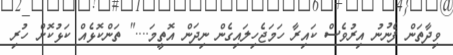
ވިދާތަން ފެނުނު އިރުވެސް ކައިރާ ހަމަޖެހިލައިގެން ނިދަން އޮތީމަ...." ތަންކޮޅެއް ކަޅުކޮށް ހުރި